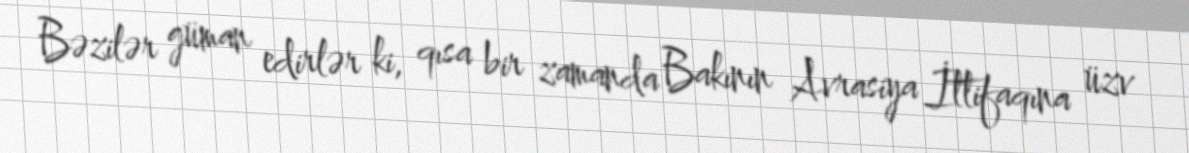
Bəzilər güman edirlər ki, qısa bir zamanda Bakının Avrasiya İttifaqına üzv